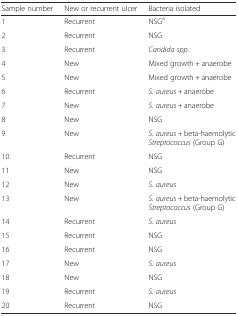
<table><thead><tr><td><b>Sample number</b></td><td><b>New or recurrent ulcer</b></td><td><b>Bacteria isolated</b></td></tr></thead><tbody><tr><td>1</td><td>Recurrent</td><td>NSG<sup>a</sup></td></tr><tr><td>2</td><td>Recurrent</td><td>NSG</td></tr><tr><td>3</td><td>Recurrent</td><td><i>Candida spp.</i></td></tr><tr><td>4</td><td>New</td><td>Mixed growth + anaerobe</td></tr><tr><td>5</td><td>New</td><td>Mixed growth + anaerobe</td></tr><tr><td>6</td><td>Recurrent</td><td><i>S. aureus</i> + anaerobe</td></tr><tr><td>7</td><td>New</td><td><i>S. aureus</i> + anaerobe</td></tr><tr><td>8</td><td>New</td><td>NSG</td></tr><tr><td>9</td><td>New</td><td><i>S. aureus</i> + beta-haemolytic <i>Streptococcus</i> (Group G)</td></tr><tr><td>10</td><td>Recurrent</td><td>NSG</td></tr><tr><td>11</td><td>New</td><td>NSG</td></tr><tr><td>12</td><td>New</td><td><i>S. aureus</i></td></tr><tr><td>13</td><td>New</td><td><i>S. aureus</i> + beta-haemolytic <i>Streptococcus</i> (Group G)</td></tr><tr><td>14</td><td>Recurrent</td><td><i>S. aureus</i></td></tr><tr><td>15</td><td>Recurrent</td><td>NSG</td></tr><tr><td>16</td><td>Recurrent</td><td>NSG</td></tr><tr><td>17</td><td>New</td><td><i>S. aureus</i></td></tr><tr><td>18</td><td>New</td><td>NSG</td></tr><tr><td>19</td><td>Recurrent</td><td><i>S. aureus</i></td></tr><tr><td>20</td><td>Recurrent</td><td>NSG</td></tr></tbody></table>